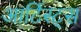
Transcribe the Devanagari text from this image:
आर्टिस्ट्‍स